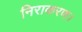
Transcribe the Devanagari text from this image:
निराकरण।